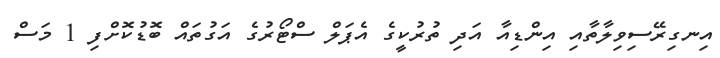
އިނގިރޭސިވިލާތާއި އިންޑިއާ އަދި ތުރުކީގެ އެޕަލް ސްޓޯރުގެ އަގުތައް ބޮޑުކޮށްފި 1 މަސް